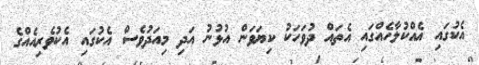
އެކުގައި އެއްކުލާހެއްގައި އެތައް ދުވަހަކު ކިޔަވަން އުޅުނު އަދި މިއަދުވެސް އެކުގައި އެކުވެރިއެއްގެ